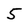
Character: 5